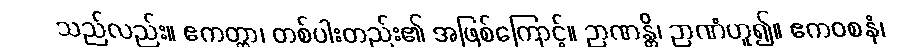
သည်လည်း။ ဧကတ္ထာ၊ တစ်ပါးတည်း၏ အဖြစ်ကြောင့်။ ဉာဏန္တိ၊ ဉာဏံဟူ၍။ ဧကဝစနံ၊